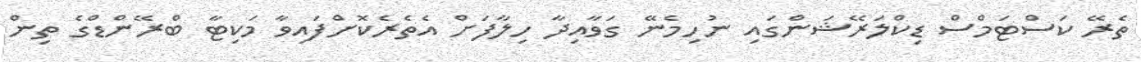
ތެރޭ ކަސްޓަމްސް ޑިކްލަރޭޝަންގައި ނުހިމެނޭ ގަވާއިދާ ހިލާފަށް އެތެރެކޮށްފައިވާ މަކިޓާ ބްރޭންޑްގެ ތިން